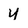
Character: Y